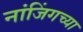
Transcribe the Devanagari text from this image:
नांजिंगच्या